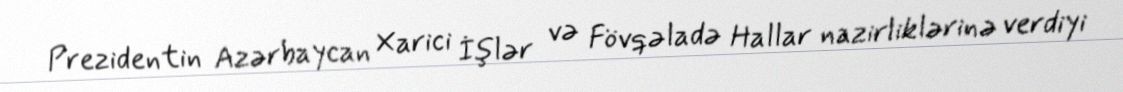
Prezidentin Azərbaycan Xarici İşlər və Fövqəladə Hallar nazirliklərinə verdiyi